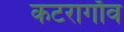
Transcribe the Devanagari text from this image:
कटरागाँव